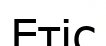
Етіс